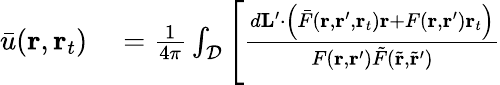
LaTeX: \begin{array}{rl}{\bar{u}(\mathbf{r},\mathbf{r}_{t})}&{{}=\frac{1}{4\pi}\int_{\mathcal{D}}\left[\frac{d\mathbf{L}^{\prime}\cdot\left(\bar{F}(\mathbf{r},\mathbf{r}^{\prime},\mathbf{r}_{t})\mathbf{r}+F(\mathbf{r},\mathbf{r}^{\prime})\mathbf{r}_{t}\right)}{F(\mathbf{r},\mathbf{r}^{\prime})\tilde{F}(\tilde{\mathbf{r}},\tilde{\mathbf{r}}^{\prime})}\right.}\end{array}